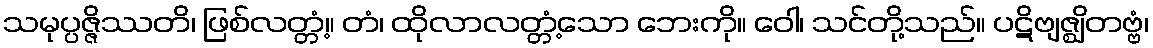
သမုပ္ပဇ္ဇိဿတိ၊ ဖြစ်လတ္တံ့။ တံ၊ ထိုလာလတ္တံ့သော ဘေးကို။ ဝေါ၊ သင်တို့သည်။ ပဋိဗျဇ္ဈိတဗ္ဗံ၊